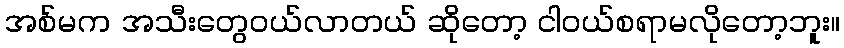
အစ်မက အသီးတွေဝယ်လာတယ် ဆိုတော့ ငါဝယ်စရာမလိုတော့ဘူး။